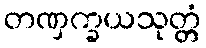
တဏှက္ခယသုတ္တံ